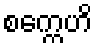
စက္ကေဟိ